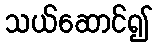
သယ်ဆောင်၍